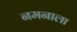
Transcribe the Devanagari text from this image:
नमनाला